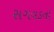
સગવડનો